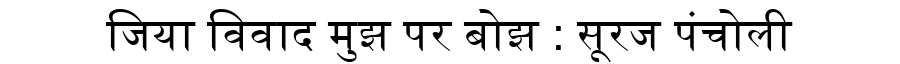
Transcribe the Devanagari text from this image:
जिया विवाद मुझ पर बोझ : सूरज पंचोली